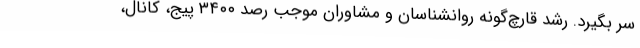
سر بگیرد. رشد قارچ‌گونه روانشناسان و مشاوران موجب رصد ۳۴۰۰ پیج، کانال،